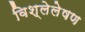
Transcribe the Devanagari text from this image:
विश्लेलेषण